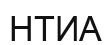
НТИА